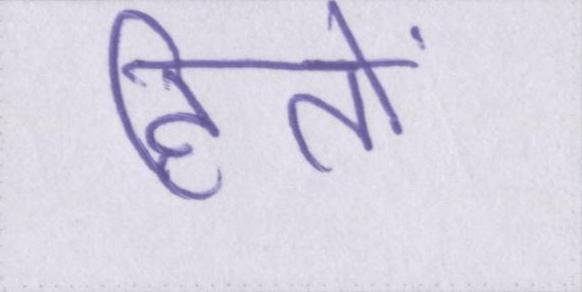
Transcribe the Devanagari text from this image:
हितों